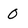
Character: 0